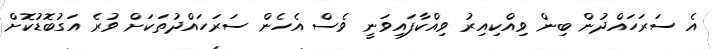
އެ ސަރަހައްދުން ބިން ވިއްކިއިރު ވިއްކާފައިވަނީ ވެސް އެހެން ސަރަހައްދުތަކަށް ވުރެ އަގުބޮޑުކޮށް